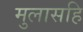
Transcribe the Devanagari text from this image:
मुलासहि